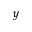
y